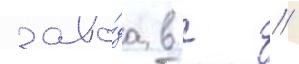
заво́да в г //